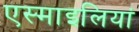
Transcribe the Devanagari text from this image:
एस्माइलियां